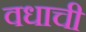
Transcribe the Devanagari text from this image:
वधाची